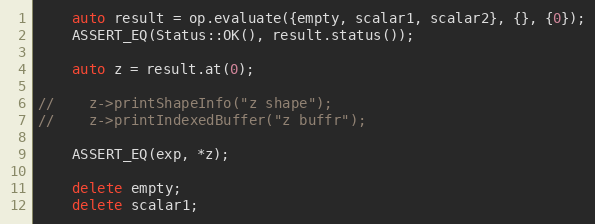
Language: C++
    auto result = op.evaluate({empty, scalar1, scalar2}, {}, {0});
    ASSERT_EQ(Status::OK(), result.status());

    auto z = result.at(0);

//    z->printShapeInfo("z shape");
//    z->printIndexedBuffer("z buffr");

    ASSERT_EQ(exp, *z);

    delete empty;
    delete scalar1;